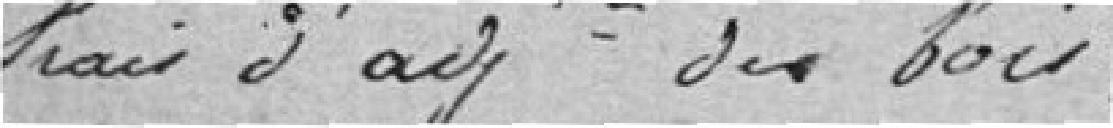
des frais d'adjudication des bois